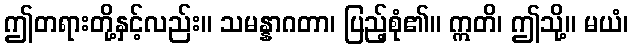
ဤတရားတို့နှင့်လည်း။ သမန္နာဂတာ၊ ပြည့်စုံ၏။ ဣတိ၊ ဤသို့။ မယံ၊